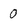
Character: 0